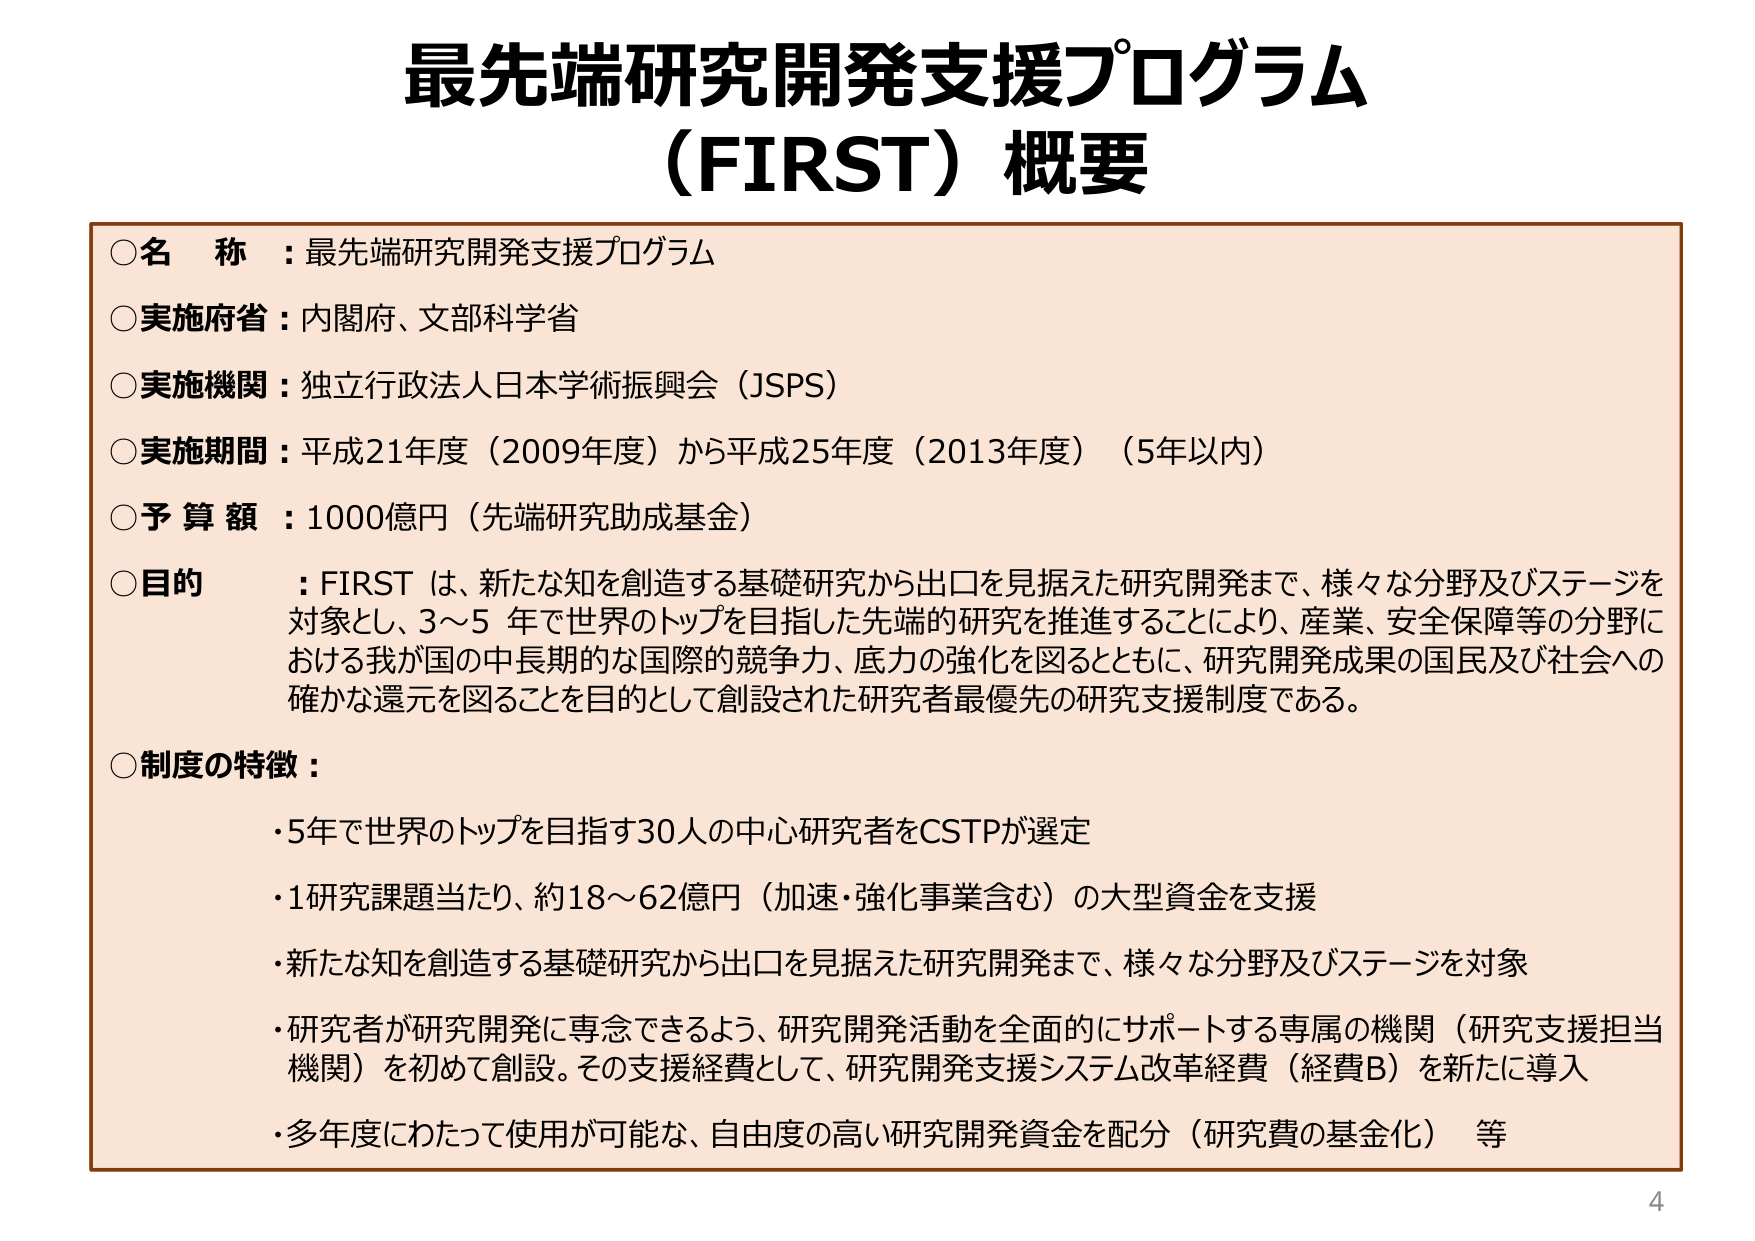
最先端研究開発支援プログラム
（FIRST）概要

○名称：最先端研究開発支援プログラム
○実施府省：内閣府、文部科学省
○実施機関：独立行政法人日本学術振興会（JSPS）
○実施期間：平成21年度（2009年度）から平成25年度（2013年度）（5年以内）
○予算額：1000億円（先端研究助成基金）
○目的：FIRST は、新たな知を創造する基礎研究から出口を見据えた研究開発まで、様々な分野及びステージを対象とし、3～5 年で世界のトップを目指した先端的研究を推進することにより、産業、安全保障等の分野における我が国の中長期的な国際的競争力、底力の強化を図るとともに、研究開発成果の国民及び社会への確かな還元を図ることを目的として創設された研究者最優先の研究支援制度である。
○制度の特徴：
・5年で世界のトップを目指す30人の中心研究者をCSTPが選定
・1研究課題当たり、約18～62億円（加速・強化事業含む）の大型資金を支援
・新たな知を創造する基礎研究から出口を見据えた研究開発まで、様々な分野及びステージを対象
・研究者が研究開発に専念できるよう、研究開発活動を全面的にサポートする専属の機関（研究支援担当機関）を初めて創設。その支援経費として、研究開発支援システム改革経費（経費B）を新たに導入
・多年度にわたって使用が可能な、自由度の高い研究開発資金を配分（研究費の基金化）等

4